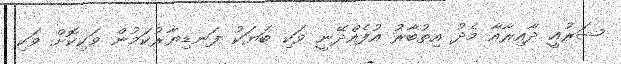
ޝަރުއީ ދާއިރާއާ މެދު އިތުބާރު އުފެއްދޭނީ ވަކި ބަޔަކު ފަނޑިޔާރުކަމުން ވަކިކޮށް ވަކި